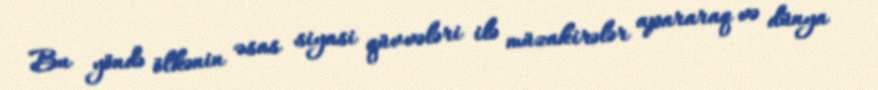
Bu yöndə ölkənin əsas siyasi qüvvələri ilə müzakirələr apararaq və dünya